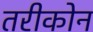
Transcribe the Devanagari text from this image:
तरीकोन